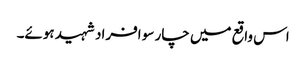
اس واقع میں چار سو افراد شہید ہوئے۔